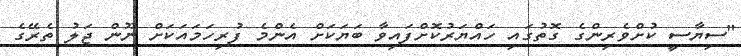
"ސިޔާސީ ކުށްވެރިންގެ ގޮތުގައި ހައްޔަރުކޮށްފައިވާ ބަޔަކަށް އެންމެ ފުރިހަމައަކަށް ނޫން ޖަލު ތެރޭގެ